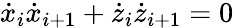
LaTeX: {\dot{x}}_{i}{\dot{x}}_{i+1}+{\dot{z}}_{i}{\dot{z}}_{i+1}=0